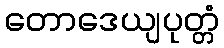
တောဒေယျပုတ္တံ